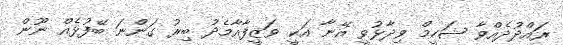
ރައްދުދެއްވާ ޝަހީމް ވިދާޅުވީ އޭނާ އަކީ ވަޒީފާއާމެދު ބިރު ގަންނަ ބޭފުޅެއް ނޫން